Lunatic asylums Punjab 1868-1880 - 1868-1880
Year: 1868
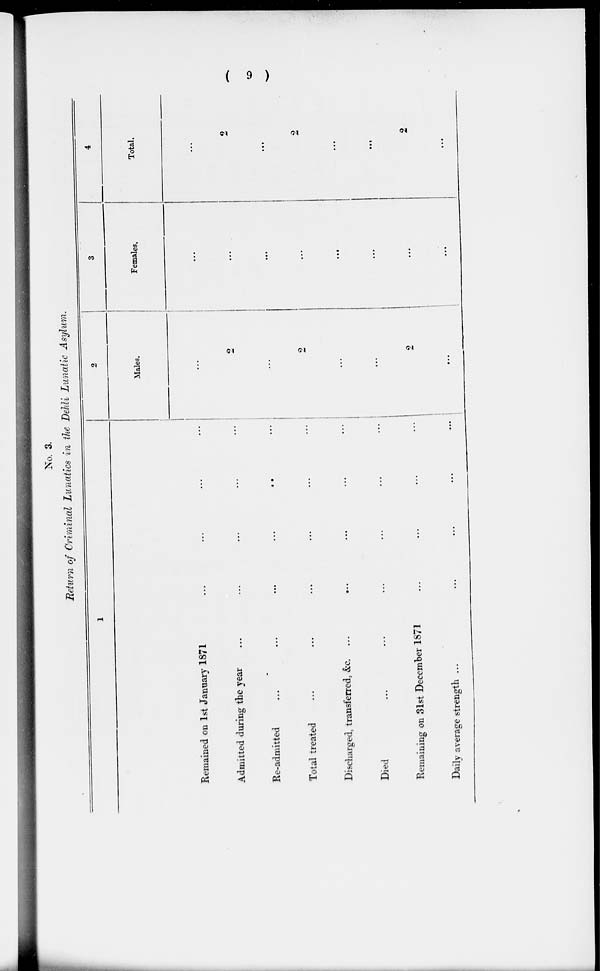
( 9 )
No. 3.
Return of Criminal Lunatics in the Dehli Lunatic Asylum.
1
Remained on 1st January 1871 ... ... ... ...
Admitted during the year ... ... ... ... ...
Re-admitted
...
...
...
...
...
...
Total treated
...
...
...
...
...
...
Discharged, transferred, &c. ... ... ... ... ...
Died ... ... ... ... ...
Remaining on 31st December 1871 ... ... ... ...
Daily average strength ... ... ... ... ...
2
Males.
...
2
...
2
...
...
2
...
3
Females.
...
...
...
...
...
...
...
...
4
Total.
...
2
...
2
...
...
2
...